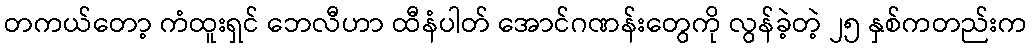
တကယ်တော့ ကံထူးရှင် ဘေလီဟာ ထီနံပါတ် အောင်ဂဏန်းတွေကို လွန်ခဲ့တဲ့ ၂၅ နှစ်ကတည်းက